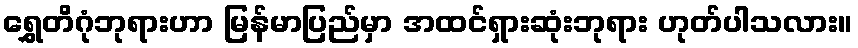
ရွှေတိဂုံဘုရားဟာ မြန်မာပြည်မှာ အထင်ရှားဆုံးဘုရား ဟုတ်ပါသလား။